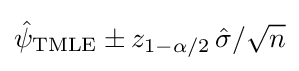
{\hat {\psi }}_{\text{TMLE}}\pm z_{1-\alpha /2}\,{\hat {\sigma }}/{\sqrt {n}}